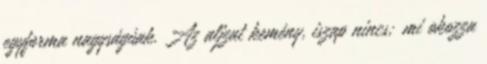
egyforma nagyságúak. Az aljzat kemény, iszap nincs; mi okozza